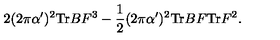
2 ( 2 \pi \alpha ^ { \prime } ) ^ { 2 } \mathrm { T r } B F ^ { 3 } - \frac { 1 } { 2 } ( 2 \pi \alpha ^ { \prime } ) ^ { 2 } \mathrm { T r } B F \mathrm { T r } F ^ { 2 } .